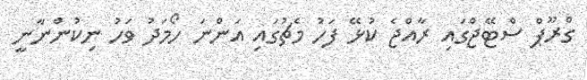
ގްރޫޕް ސްޓޭޖްގައި ރާއްޖެ ކުޅޭ ފަހު މެޗުގައި އަންނަ ހޯމަދު ވަހު ނިކުންނާނީ